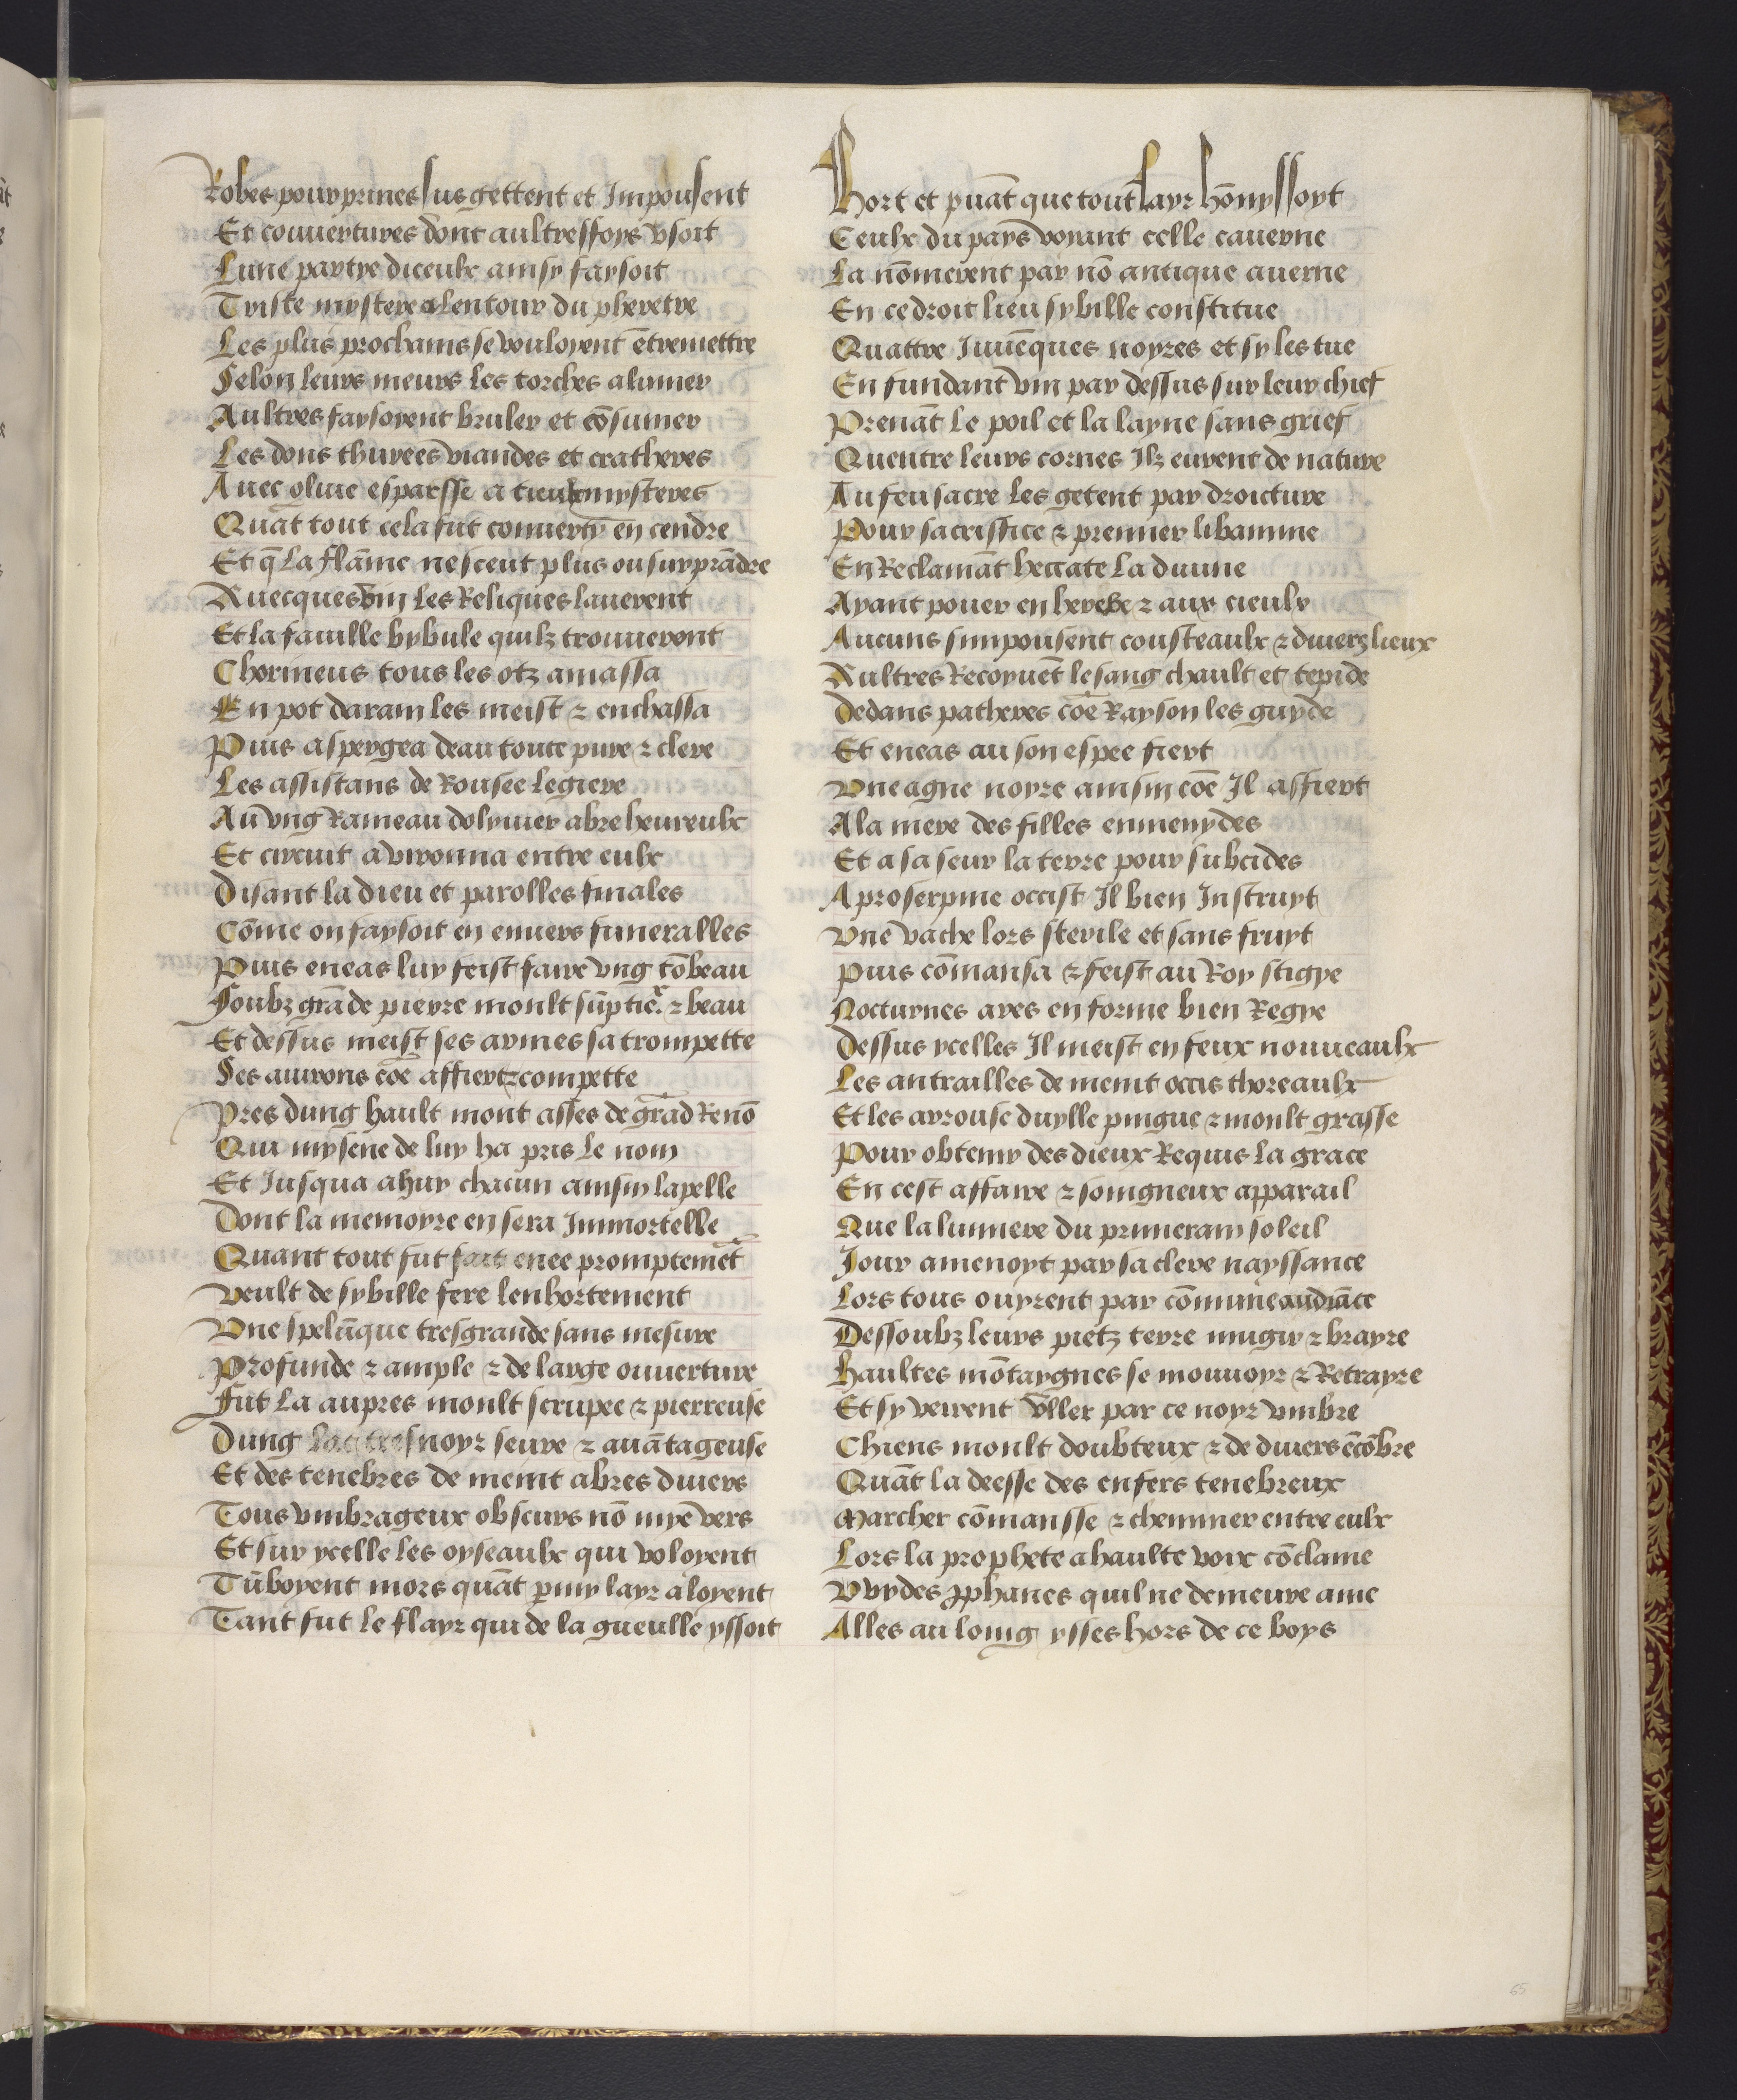
Shelfmark: Philadelphia, University of Pennsylvania, codex 909
Century: 15